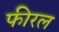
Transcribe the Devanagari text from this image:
फीरल